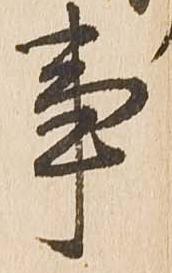
事